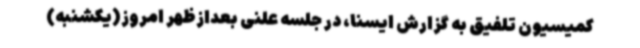
کمیسیون تلفیق به گزارش ایسنا، در جلسه علنی بعدازظهر امروز(یکشنبه)